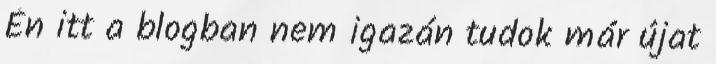
Én itt a blogban nem igazán tudok már újat